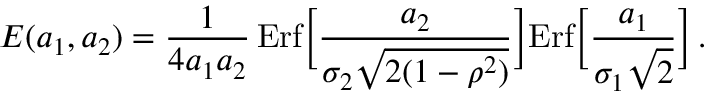
E ( a _ { 1 } , a _ { 2 } ) = { \frac { 1 } { 4 a _ { 1 } a _ { 2 } } } \, \mathrm { E r f } \Big [ { \frac { a _ { 2 } } { \sigma _ { 2 } \sqrt { 2 ( 1 - \rho ^ { 2 } ) } } } \Big ] \mathrm { E r f } \Big [ { \frac { a _ { 1 } } { \sigma _ { 1 } \sqrt { 2 } } } \Big ] \, .